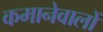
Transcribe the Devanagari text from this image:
कमानेवालों